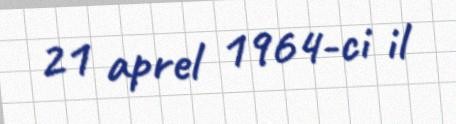
21 aprel 1964-ci il